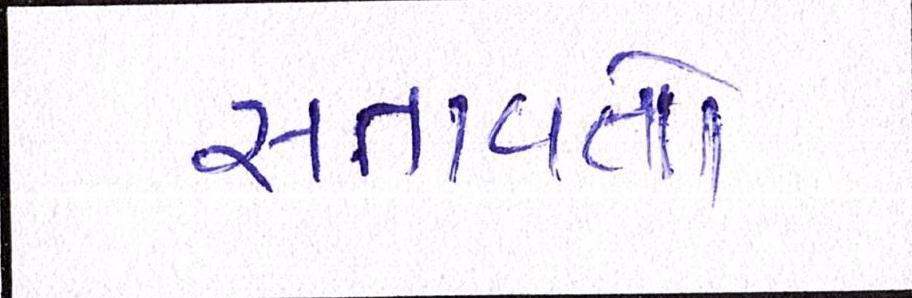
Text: સતાવતો